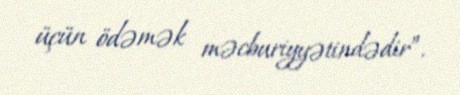
üçün ödəmək məcburiyyətindədir”.